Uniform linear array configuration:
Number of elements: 24
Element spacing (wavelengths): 0.5
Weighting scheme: kaiser
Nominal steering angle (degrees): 60
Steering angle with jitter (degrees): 60.815
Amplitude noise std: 0.05
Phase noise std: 0.05

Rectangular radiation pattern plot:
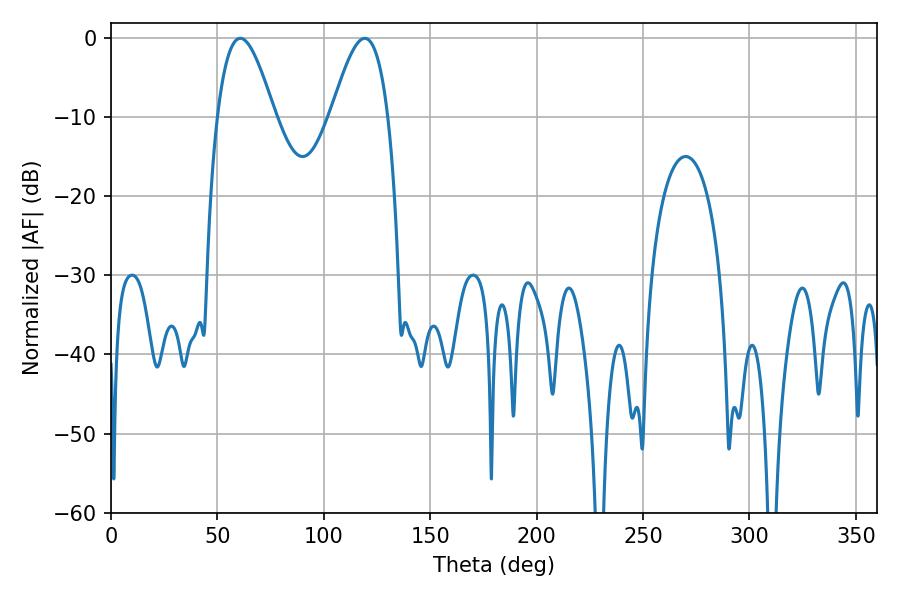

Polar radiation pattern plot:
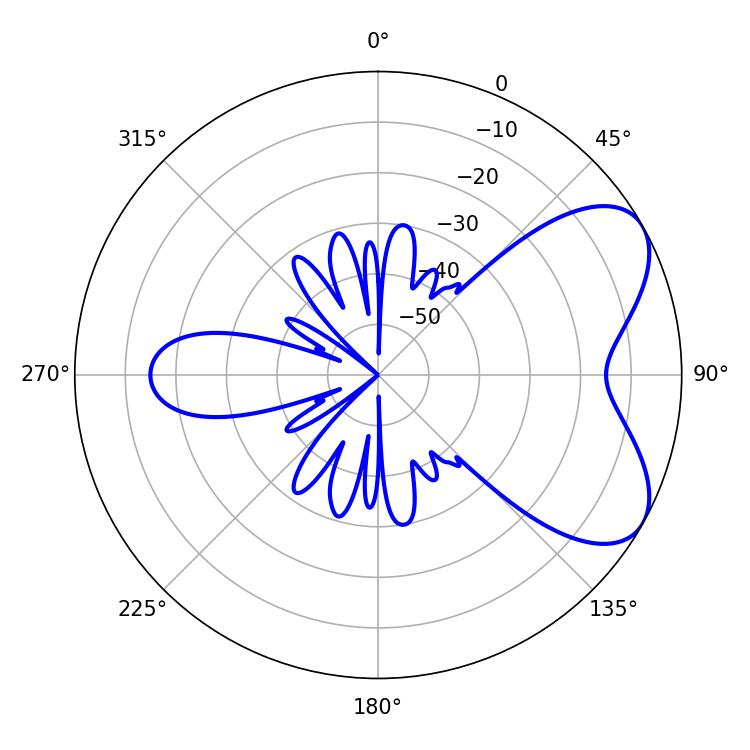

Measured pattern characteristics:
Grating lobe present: FALSE
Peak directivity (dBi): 6.11
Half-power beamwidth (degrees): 14.58
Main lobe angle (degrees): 60.66